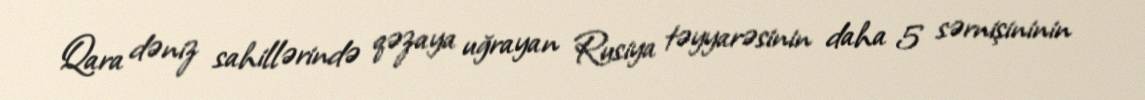
Qara dəniz sahillərində qəzaya uğrayan Rusiya təyyarəsinin daha 5 sərnişininin